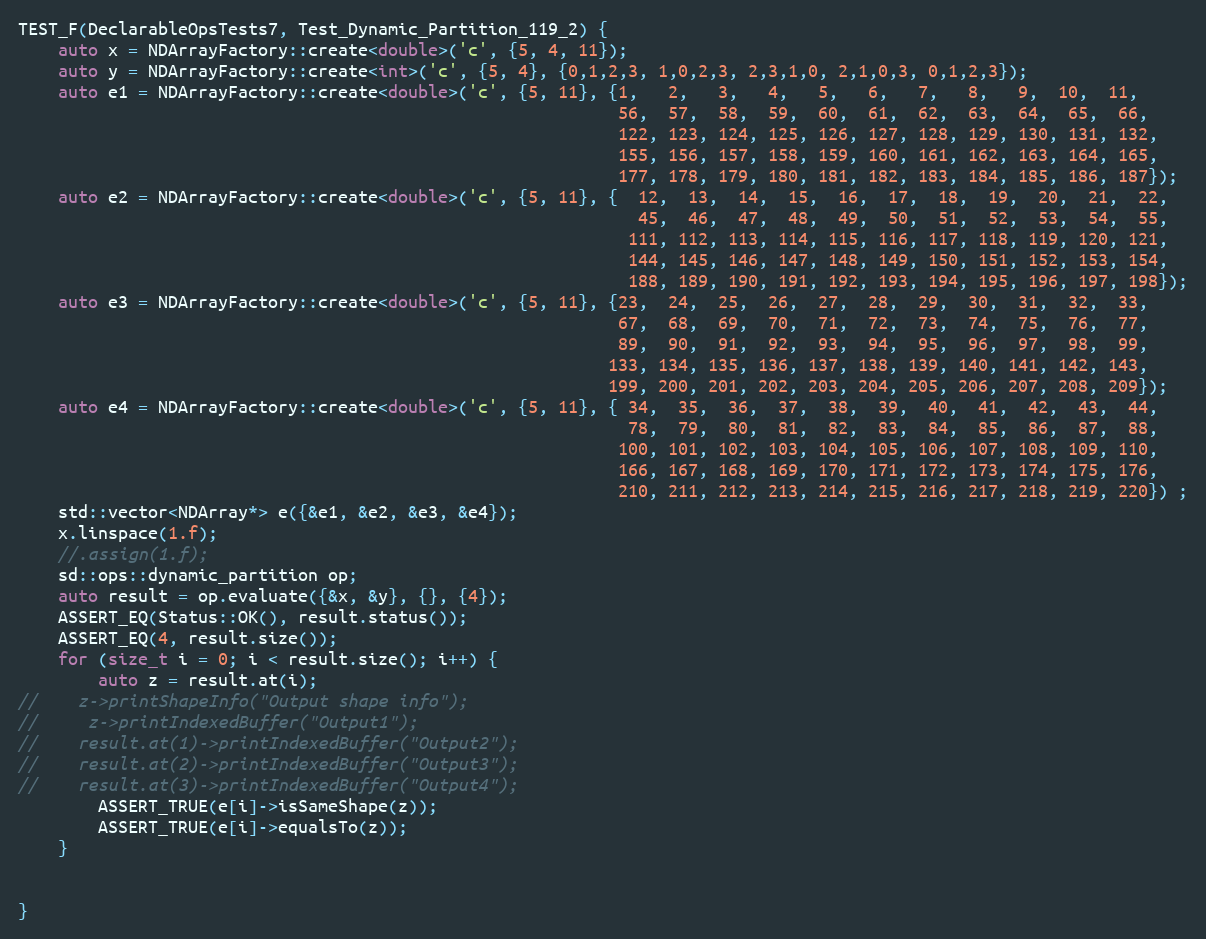
Language: C++
TEST_F(DeclarableOpsTests7, Test_Dynamic_Partition_119_2) {
    auto x = NDArrayFactory::create<double>('c', {5, 4, 11});
    auto y = NDArrayFactory::create<int>('c', {5, 4}, {0,1,2,3, 1,0,2,3, 2,3,1,0, 2,1,0,3, 0,1,2,3});
    auto e1 = NDArrayFactory::create<double>('c', {5, 11}, {1,   2,   3,   4,   5,   6,   7,   8,   9,  10,  11,
                                                            56,  57,  58,  59,  60,  61,  62,  63,  64,  65,  66,
                                                            122, 123, 124, 125, 126, 127, 128, 129, 130, 131, 132,
                                                            155, 156, 157, 158, 159, 160, 161, 162, 163, 164, 165,
                                                            177, 178, 179, 180, 181, 182, 183, 184, 185, 186, 187});
    auto e2 = NDArrayFactory::create<double>('c', {5, 11}, {  12,  13,  14,  15,  16,  17,  18,  19,  20,  21,  22,
                                                              45,  46,  47,  48,  49,  50,  51,  52,  53,  54,  55,
                                                             111, 112, 113, 114, 115, 116, 117, 118, 119, 120, 121,
                                                             144, 145, 146, 147, 148, 149, 150, 151, 152, 153, 154,
                                                             188, 189, 190, 191, 192, 193, 194, 195, 196, 197, 198});
    auto e3 = NDArrayFactory::create<double>('c', {5, 11}, {23,  24,  25,  26,  27,  28,  29,  30,  31,  32,  33,
                                                            67,  68,  69,  70,  71,  72,  73,  74,  75,  76,  77,
                                                            89,  90,  91,  92,  93,  94,  95,  96,  97,  98,  99,
                                                           133, 134, 135, 136, 137, 138, 139, 140, 141, 142, 143,
                                                           199, 200, 201, 202, 203, 204, 205, 206, 207, 208, 209});
    auto e4 = NDArrayFactory::create<double>('c', {5, 11}, { 34,  35,  36,  37,  38,  39,  40,  41,  42,  43,  44,
                                                             78,  79,  80,  81,  82,  83,  84,  85,  86,  87,  88,
                                                            100, 101, 102, 103, 104, 105, 106, 107, 108, 109, 110,
                                                            166, 167, 168, 169, 170, 171, 172, 173, 174, 175, 176,
                                                            210, 211, 212, 213, 214, 215, 216, 217, 218, 219, 220}) ;
    std::vector<NDArray*> e({&e1, &e2, &e3, &e4});
    x.linspace(1.f);
    //.assign(1.f);
    sd::ops::dynamic_partition op;
    auto result = op.evaluate({&x, &y}, {}, {4});
    ASSERT_EQ(Status::OK(), result.status());
    ASSERT_EQ(4, result.size());
    for (size_t i = 0; i < result.size(); i++) {
        auto z = result.at(i);
//    z->printShapeInfo("Output shape info");
//     z->printIndexedBuffer("Output1");
//    result.at(1)->printIndexedBuffer("Output2");
//    result.at(2)->printIndexedBuffer("Output3");
//    result.at(3)->printIndexedBuffer("Output4");
        ASSERT_TRUE(e[i]->isSameShape(z));
        ASSERT_TRUE(e[i]->equalsTo(z));
    }

}